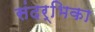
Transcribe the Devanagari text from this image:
संदर्भिका